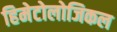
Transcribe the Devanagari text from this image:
हिमेटोलोजिकल